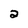
Character: 2